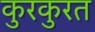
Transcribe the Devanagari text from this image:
कुरकुरत